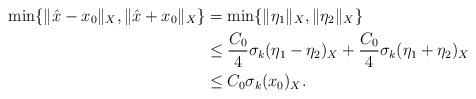
LaTeX: \begin{align*}\min\{ \|\hat{x}-x_0\|_X, \|\hat{x}+x_0\|_X \} &= \min\{\|\eta_1\|_X , \|\eta_2\|_X \} \\ &\leq\frac{C_0}{4}\sigma_k(\eta_1-\eta_2)_X+\frac{C_0}{4}\sigma_k(\eta_1+\eta_2)_X \\ &\leq C_0\sigma_k(x_0)_X.\end{align*}